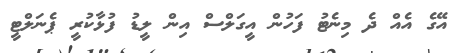
އޭގެ އެއް ދެ މިނެޓު ފަހުން އީގަލްސް އިން ލީޑު ފުޅާކުރީ ޕެނަލްޓީ